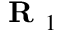
\textbf { R } _ { 1 }